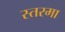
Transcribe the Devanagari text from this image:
स्तरमा